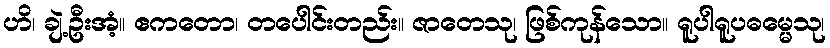
ဟိ၊ ချဲ့ဦးအံ့။ ဧကတော၊ တပေါင်းတည်း။ ဇာတေသု၊ ဖြစ်ကုန်သော။ ရူပါရူပဓမ္မေသု၊